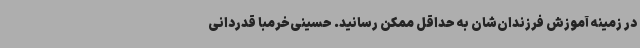
در زمینه آموزش فرزندان‌شان به حداقل ممکن رسانید. حسینی‌خرمبا قدردانی